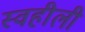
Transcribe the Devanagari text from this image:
स्वहीली